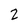
Character: 2